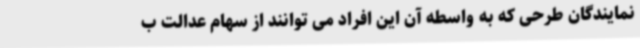
نمایندگان طرحی که به واسطه آن این افراد می توانند از سهام عدالت ب